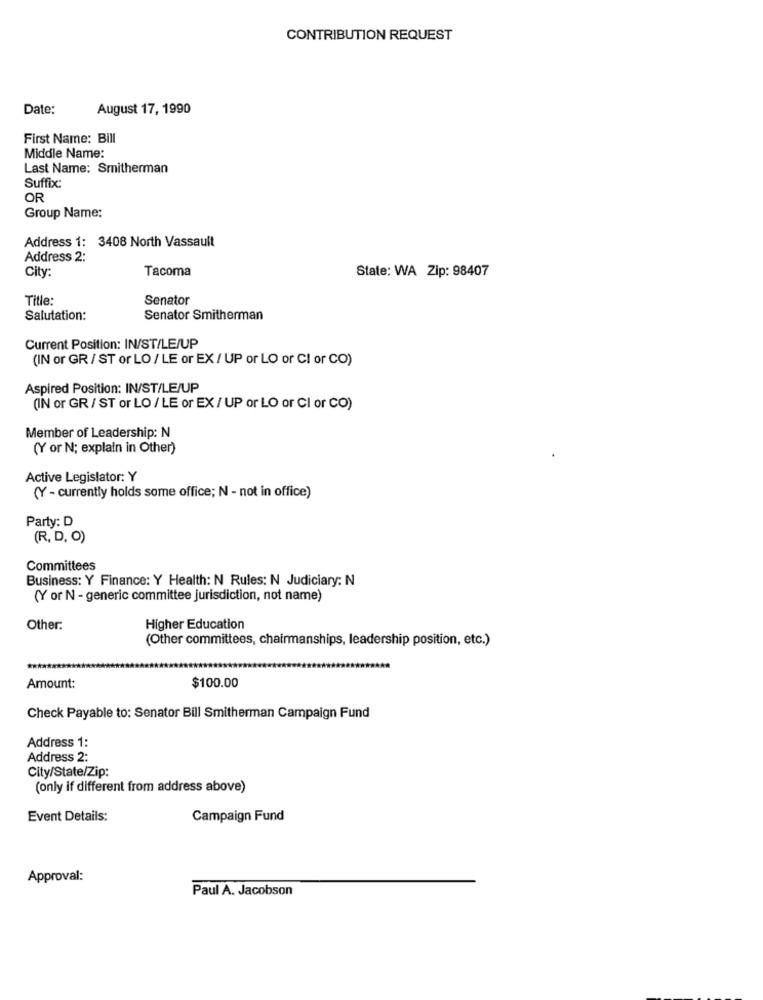
CONTRIBUTION REQUEST
Date:
August 17, 1990
First Name: Bill
Middle Name:
Last Name: Smitherman
Suffix:
OR
Group Name:
Address 1: 3408 North Vassault
Address 2:
City:
Tacoma
State: WA Zip: 98407
Title:
Senator
Salutation:
Senator Smitherman
Current Position: IN/ST/LE/UP
(IN or GR / ST or LO / LE or EX / UP or LO or CI or CO)
Aspired Position: IN/ST/LE/UP
(IN or GR / ST or LO / LE or EX / UP or LO or CI or CO)
Member of Leadership: N
(Y or N; explain in Other)
Active Legislator: Y
(Y - currently holds some office; N - not in office)
Party: D
(R, D, O)
Committees
Business: Y Finance: Y Health: N Rules: N Judiciary: N
(Y or N - generic committee jurisdiction, not name)
Other:
Higher Education
(Other committees, chairmanships, leadership position, etc.)
Amount:
$100.00
Check Payable to: Senator Bill Smitherman Campaign Fund
Address 1:
Address 2:
City/State/Zip:
(only if different from address above)
Event Details:
Campaign Fund
Approval:
Paul A. Jacobson